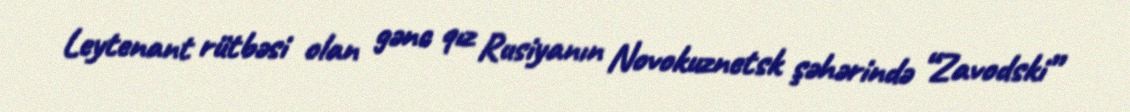
Leytenant rütbəsi olan gənc qız Rusiyanın Novokuznetsk şəhərində “Zavodski”